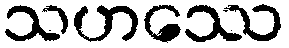
သဟဿေ